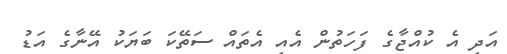
އަދި އެ ކުއްޖާގެ ފަހަތުން އެއި އެތައް ސަތޭކަ ބަޔަކު އޭނާގެ އަޑު